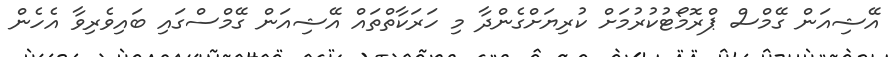
އޭޝިއަން ގޭމްސް ޕްރޮމޯޓުކުރުމަށް ކުރިޔަށްގެންދާ މި ހަރަކާތްތައް އޭޝިއަން ގޭމްސްގައި ބައިވެރިވާ އެހެން